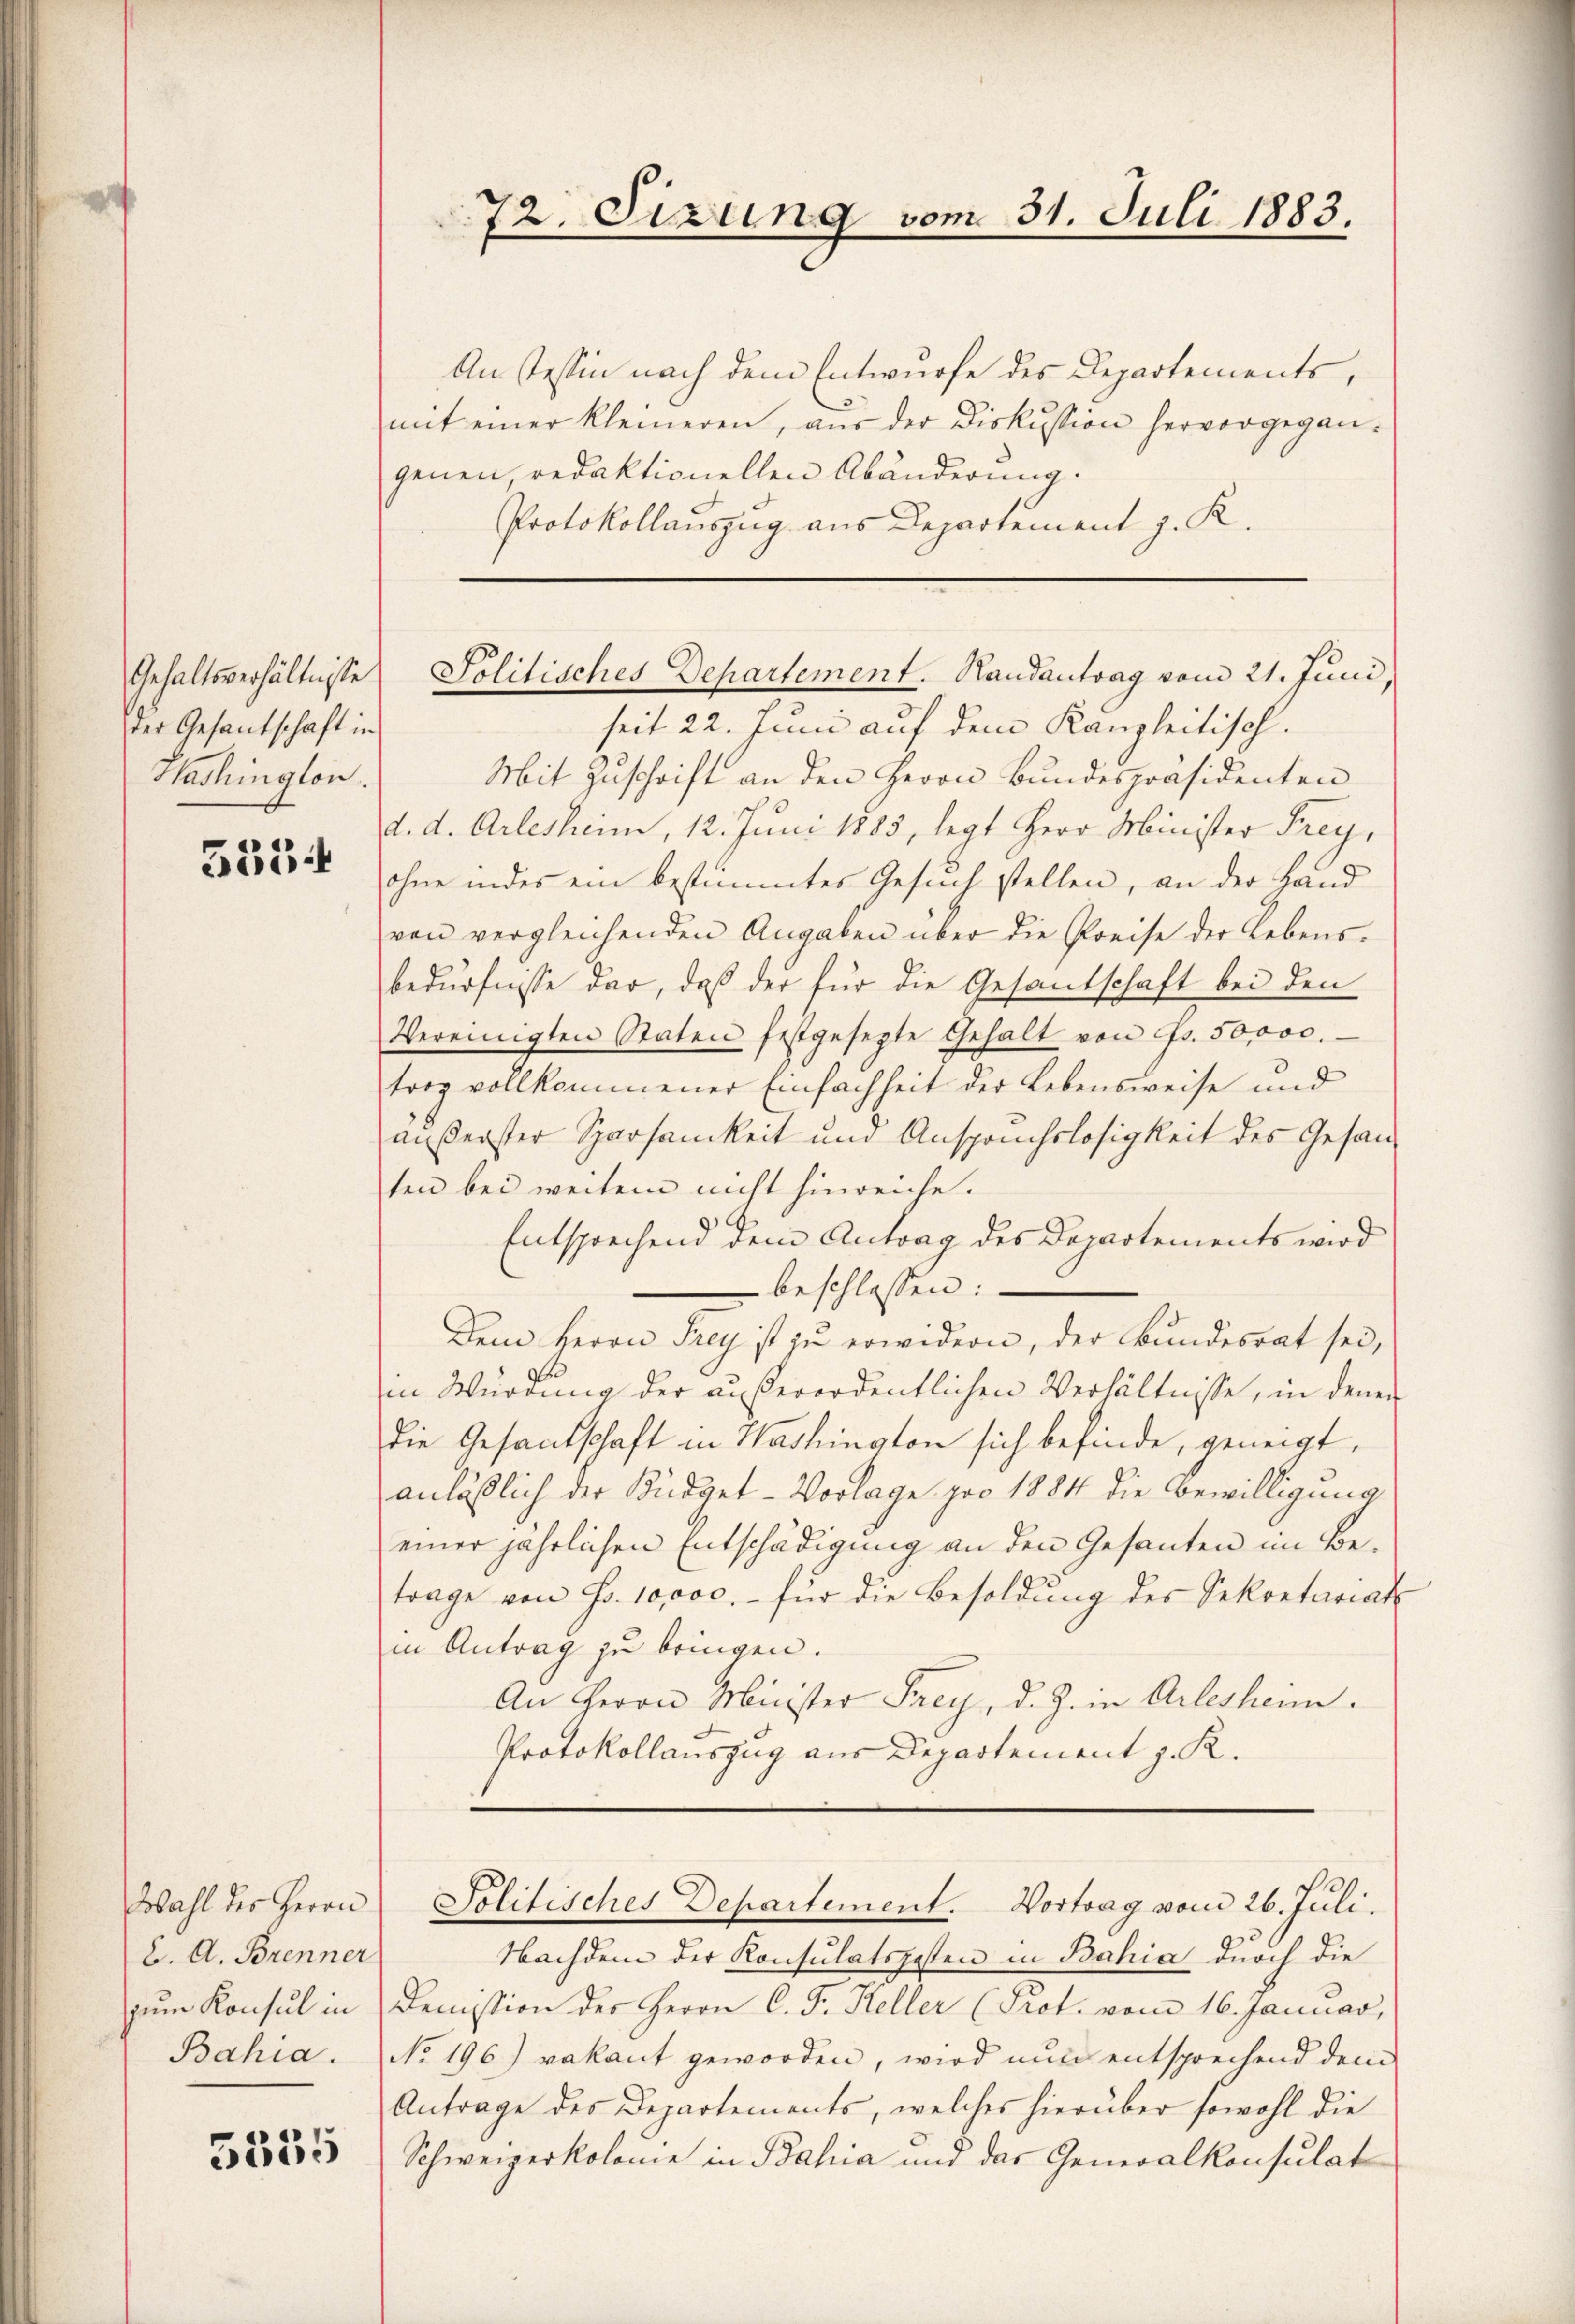
Gehaltsverhältnisse
der Gesantschaft in

5354

Wahl des Herrn
C. A. Brenner
zum Konsul in
Bahia.

5355

An Tessin nach dem Entwurfe des Departements,
mit einer kleineren, aŭs der Diskussion hervorgegan-
genen, redaktionellen Abänderung.
Protokollauszug aus Departement z. K.

72. Sizung vom 31. Juli 1883.

Politisches Departement. Handantrag vom 21. Juni,

seit 22. Juni auf dem Kanzleitisch.
Nashington. Mit Zuschrift an den Herrn Bundespräsidenten
d. d. Arlesheim, 12. Juni 1885, legt Herr Minister Frey,
ohne in des ein bestimmtes Gesuch stellen, an der Hand
von vergleichenden Angaben über die Preise der Lebensbedürfnisse dar, daß der für die Gesantschaft bei den
Vereinigten Staten festgesezte Gehalt von Fr. 50,000.
trag vollkommener Einfachheit der Lebensweise und
äußerster Sparsamkeit und Anspruchslosigkeit des Gesansen bei weitem nicht hinreiche.
Entsprechend dem Antrag des Departements wird
beschlossen:
Dem Herrn Frey ist zu erwidern, der Bundesrat sei,
iin Würdung der außerordentlichen Verhältnisse, in denen
die Gesandschaft in Washington sich befinde, geneigt,
anläßlich der Büdget-Vorlage pro 1884 die Bewilligung
einer jährlichen Entschädigung an den Gesanten im Betrage von Fr. 10,000.- für die Besoldŭng des Sekretariat
in Antrag zu bringen.
An Herrn Minister Frey, d. J. in Arlesheim.
Protokollauszug aus Departement z. R.

.
Solitisches Departement. Vortrag vom 26. Juli.

Nachdem der Konsulatsgesten in Bahia durch die
Demission des Herrn C. F. Keller (Prot. vom 16. Januar,
No. 196.) vakant geworden, wird nun entsprechend dem
Antrage des Departements, welches hierüber sowohl die
Schweizerkolome in Bahia und das Generalkonsulat